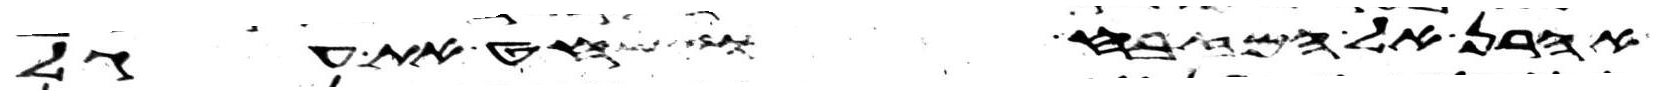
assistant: אהרן אל המזבח וישחט את עגל